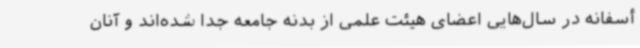
أسفانه در سال‌هایی اعضای هیئت‌ علمی از بدنه جامعه جدا شده‌اند و آنان